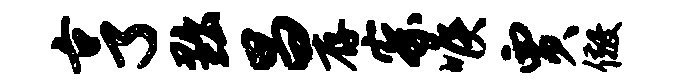
亨黜昌存察喉贾儆